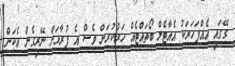
ގޭގައި އެއްފަހަރަކު އެއާޓެލް ބޯތައްޓެއް ހަރުކުރަން ވެސް އެ ފުރާޅަށް ނޭރިގެން އެކަން